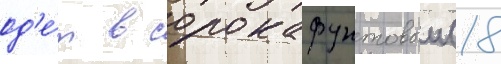
од'е́т в сорокафунтовыи (18